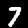
Digit: 7